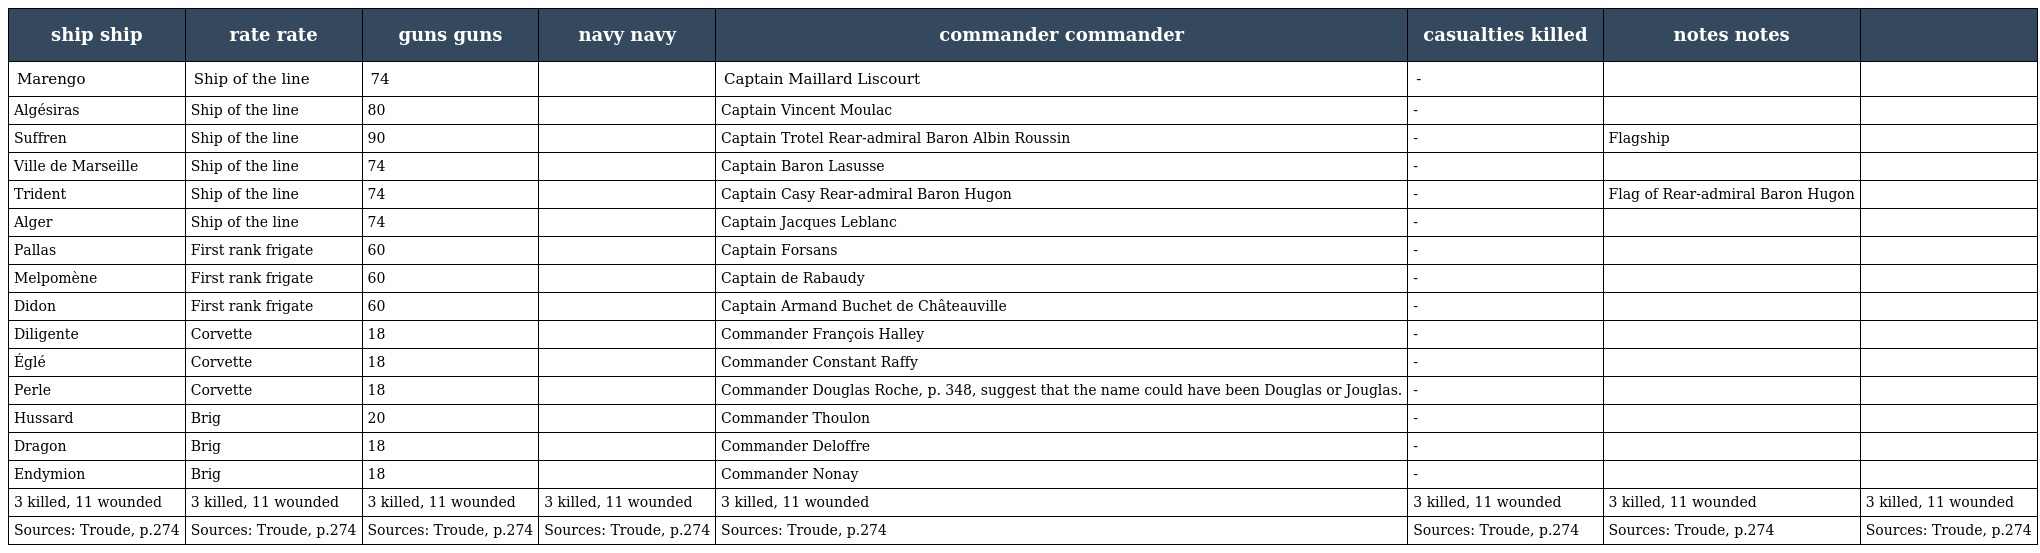
| ship ship | rate rate | guns guns | navy navy | commander commander | casualties killed | notes notes |  |
 | --- | --- | --- | --- | --- | --- | --- | --- |
 | Marengo | Ship of the line | 74 |  | Captain Maillard Liscourt | - |  |  |
 | Algésiras | Ship of the line | 80 |  | Captain Vincent Moulac | - |  |  |
 | Suffren | Ship of the line | 90 |  | Captain Trotel Rear-admiral Baron Albin Roussin | - | Flagship |  |
 | Ville de Marseille | Ship of the line | 74 |  | Captain Baron Lasusse | - |  |  |
 | Trident | Ship of the line | 74 |  | Captain Casy Rear-admiral Baron Hugon | - | Flag of Rear-admiral Baron Hugon |  |
 | Alger | Ship of the line | 74 |  | Captain Jacques Leblanc | - |  |  |
 | Pallas | First rank frigate | 60 |  | Captain Forsans | - |  |  |
 | Melpomène | First rank frigate | 60 |  | Captain de Rabaudy | - |  |  |
 | Didon | First rank frigate | 60 |  | Captain Armand Buchet de Châteauville | - |  |  |
 | Diligente | Corvette | 18 |  | Commander François Halley | - |  |  |
 | Églé | Corvette | 18 |  | Commander Constant Raffy | - |  |  |
 | Perle | Corvette | 18 |  | Commander Douglas Roche, p. 348, suggest that the name could have been Douglas or Jouglas. | - |  |  |
 | Hussard | Brig | 20 |  | Commander Thoulon | - |  |  |
 | Dragon | Brig | 18 |  | Commander Deloffre | - |  |  |
 | Endymion | Brig | 18 |  | Commander Nonay | - |  |  |
 | 3 killed, 11 wounded | 3 killed, 11 wounded | 3 killed, 11 wounded | 3 killed, 11 wounded | 3 killed, 11 wounded | 3 killed, 11 wounded | 3 killed, 11 wounded | 3 killed, 11 wounded |
 | Sources: Troude, p.274 | Sources: Troude, p.274 | Sources: Troude, p.274 | Sources: Troude, p.274 | Sources: Troude, p.274 | Sources: Troude, p.274 | Sources: Troude, p.274 | Sources: Troude, p.274 |